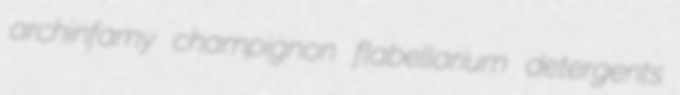
archinfamy champignon flabellarium detergents